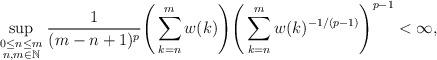
LaTeX: \begin{align*}\sup_{\begin{smallmatrix} 0\le n \le m \\ n,m\in \mathbb{N} \end{smallmatrix}} \frac{1}{(m-n+1)^p}\Bigg(\sum_{k=n}^mw(k)\Bigg)\Bigg(\sum_{k=n}^mw(k)^{-1/(p-1)}\Bigg)^{p-1} <\infty,\end{align*}